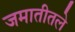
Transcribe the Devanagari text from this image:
जमातीतले